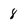
Character: 8